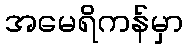
အမေရိကန်မှာ